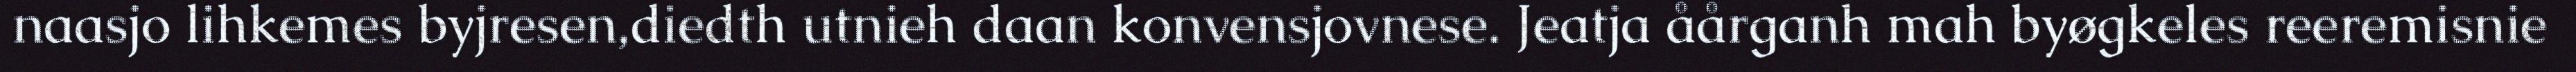
naasjo lihkemes byjresen,diedth utnieh daan konvensjovnese. Jeatja åårganh mah byøgkeles reeremisnie